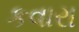
કવારા